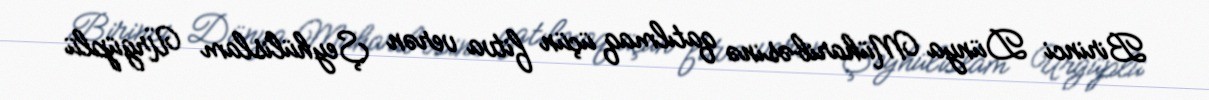
Birinci Dünya Müharibəsinə qatılmaq üçün fitva verən Şeyhülislam Ürgüplü